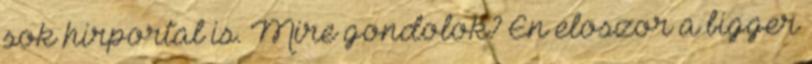
sok hirportal is. Mire gondolok? En eloszor a bigger